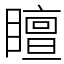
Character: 䁴